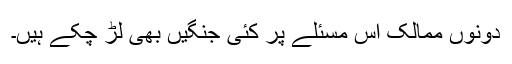
دونوں ممالک اس مسئلے پر کئی جنگیں بھی لڑ چکے ہیں۔